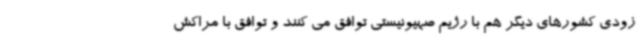
زودی کشورهای دیگر هم با رژیم صهیونیستی توافق می کنند و توافق با مراکش